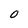
Character: 0